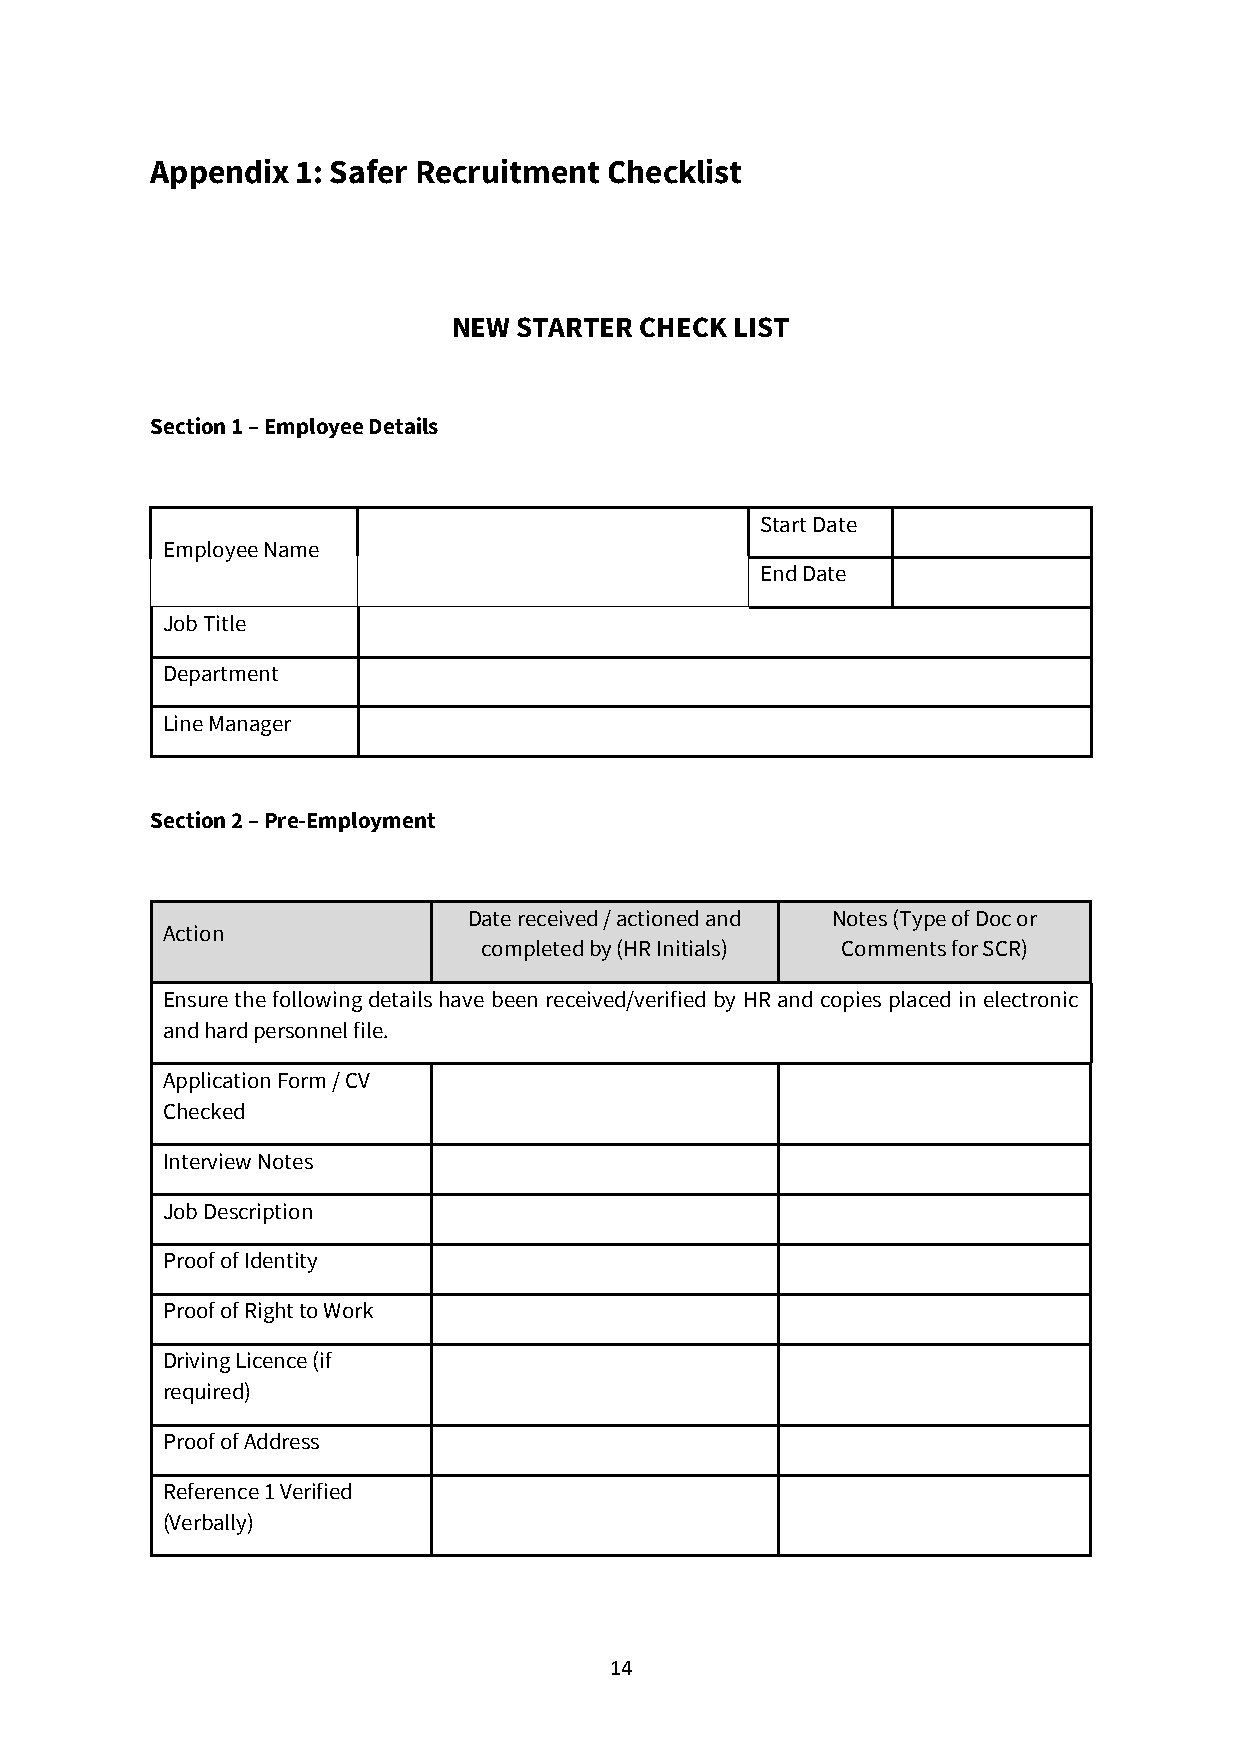
Appendix  1: Safer Recruitment Checklist
 NEW STARTER CHECK LIST
 Section 1 – Employee Details
 Start Date
 Employee Name
 End Date
 Job Title
 Department
 Line Manager
 Section 2 – Pre-Employment
 Date received / actioned and Notes (Type of Doc or
 Action
 completed by (HR Initials) Comments for SCR)
 Ensure the following details have been received/verified by HR and copies placed in electronic
 and hard personnel file.
 Application Form / CV
 Checked
 Interview Notes
 Job Description
 Proof of Identity
 Proof of Right to Work
 Driving Licence (if
 required)
 Proof of Address
 Reference 1 Verified
 (Verbally)
 14